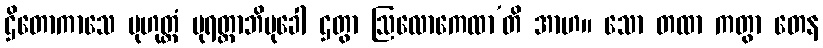
ဌိတောကာသေ မုဟုတ္တံ ပုရတ္ထာဘိမုခေါ ဌတွာ ဩလောကေထာ’တိ အာဟ။ သော တထာ ကတွာ တေန